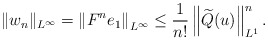
\begin{align*}\|w_n\|_{L^{\infty}}= \left\| F^n e_1 \right\|_{L^{\infty}} \leq \frac{1}{n!}\left\|\widetilde{Q}(u)\right\|_{L^1}^n.\end{align*}